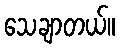
သေချာတယ်။